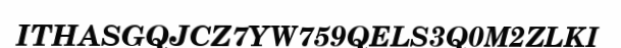
ITHASGQJCZ7YW759QELS3Q0M2ZLKI